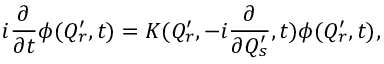
i { \frac { \partial } { \partial t } } \phi ( Q _ { r } ^ { \prime } , t ) = K ( Q _ { r } ^ { \prime } , - i { \frac { \partial } { \partial Q _ { s } ^ { \prime } } } , t ) \phi ( Q _ { r } ^ { \prime } , t ) ,